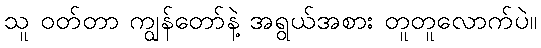
သူ ဝတ်တာ ကျွန်တော်နဲ့ အရွယ်အစား တူတူလောက်ပဲ။